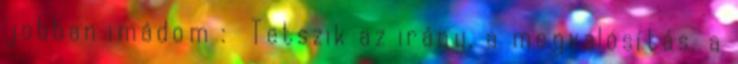
jobban imádom : Tetszik az irány, a megvalósítás, a